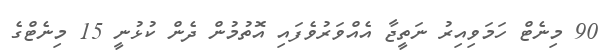
90 މިނެޓް ހަމަވިއިރު ނަތީޖާ އެއްވަރުވެފައި އޮތުމުން ދެން ކުޅުނީ 15 މިނެޓްގެ